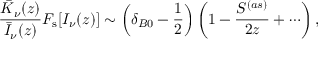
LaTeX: \frac { \bar { K } _ { \nu } ( z ) } { \bar { I } _ { \nu } ( z ) } F _ { \mathrm { s } } [ I _ { \nu } ( z ) ] \sim \left( \delta _ { B 0 } - \frac { 1 } { 2 } \right) \left( 1 - \frac { S ^ { ( a s ) } } { 2 z } + \cdots \right) ,